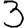
Digit: 3